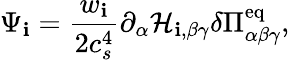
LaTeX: \Psi_{\mathbf{i}}=\frac{{w_{\mathbf{i}}}}{{2c_{s}^{4}}}\partial_{\alpha}\mathcal{{H}}_{\mathbf{i},\beta\gamma}\delta\Pi_{\alpha\beta\gamma}^{\mathrm{{eq}}},